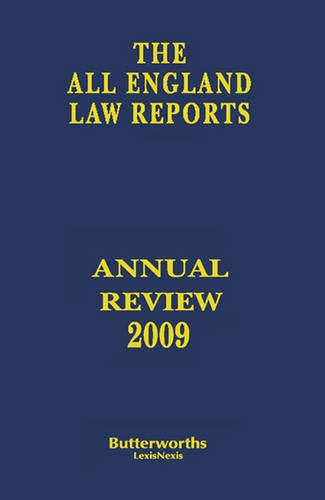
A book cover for All England Annual Review 2009; Law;